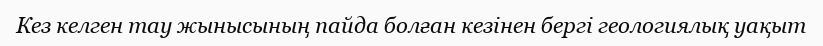
Кез келген тау жынысының пайда болған кезінен бергі геологиялық уақыт